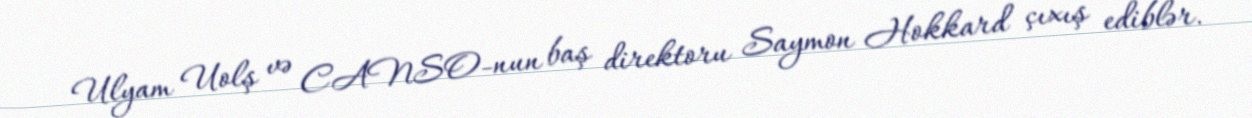
Ulyam Uolş və CANSO-nun baş direktoru Saymon Hokkard çıxış ediblər.